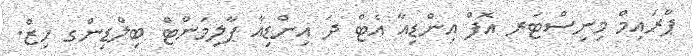
ޕްރައިމް މިނިސްޓަރ އޮފް އިންޑިއާ އެޓް ދަ އިންޑިއާ ޕާލިމަންޓް ބިލްޑިންގ ހިޒް.